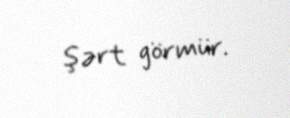
şərt görmür.